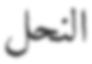
النحل